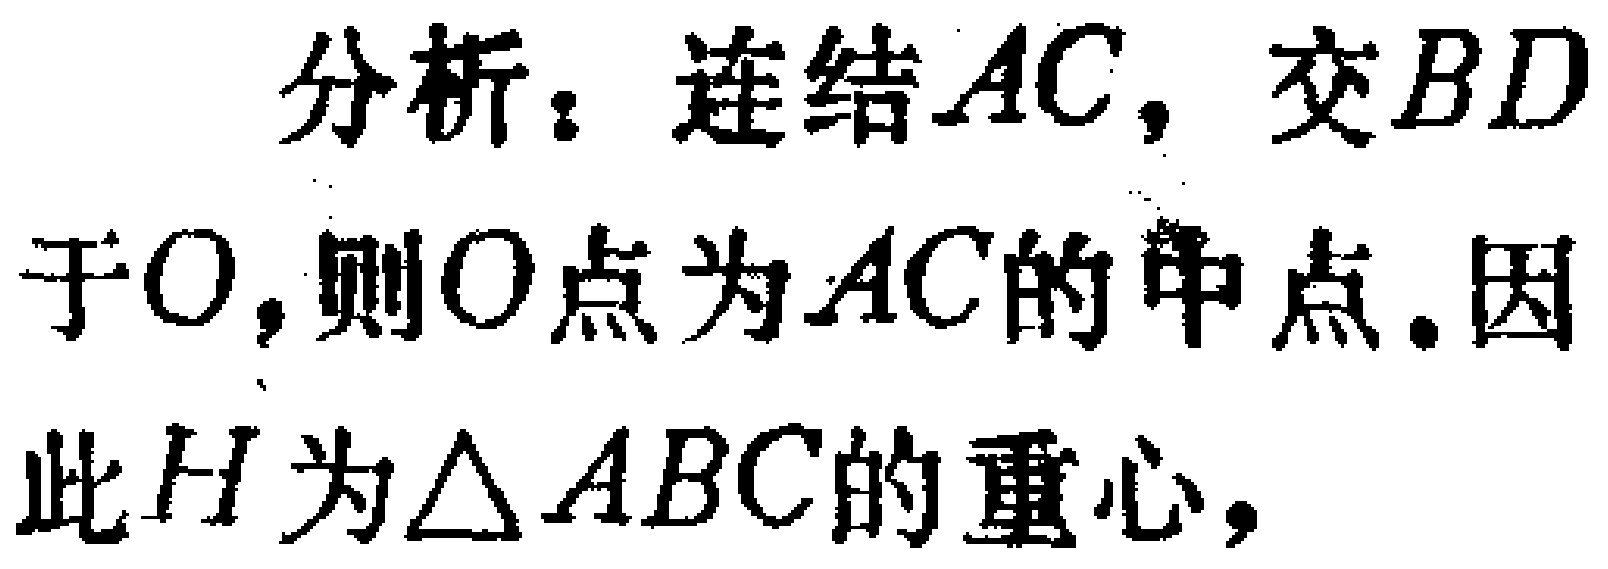
分析：连结\(AC\)，交\(BD\)于\(O\)，则\(O\)点为\(AC\)的中点. 因此\(H\)为\(\triangle ABC\)的重心，